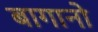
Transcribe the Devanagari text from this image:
बागानो